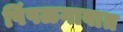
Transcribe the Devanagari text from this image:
पिंपळगावात